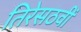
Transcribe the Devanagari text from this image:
तिरेसठवीं